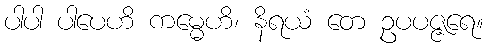
ပါပါ ပါပေဟိ ကမ္မေဟိ၊ နိရယံ တေ ဥပပဇ္ဇရေ။